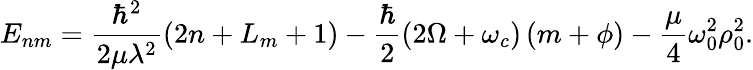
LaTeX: {E}_{nm}=\frac{\hbar^{2}}{2\mu\lambda^{2}}\left(2n+L_{m}+1\right)-\frac{\hbar}{2}\left(2\Omega+\omega_{c}\right)\left(m+\phi\right)-\frac{\mu}{4}\omega_{0}^{2}\rho_{0}^{2}.